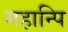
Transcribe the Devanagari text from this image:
महान्पि